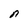
Character: n